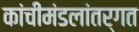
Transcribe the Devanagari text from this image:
कांचीमंडलांतर्गत